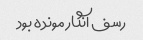
رسف انگار مونده بود